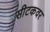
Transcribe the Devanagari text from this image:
सीटकवर